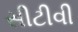
સીટીવી